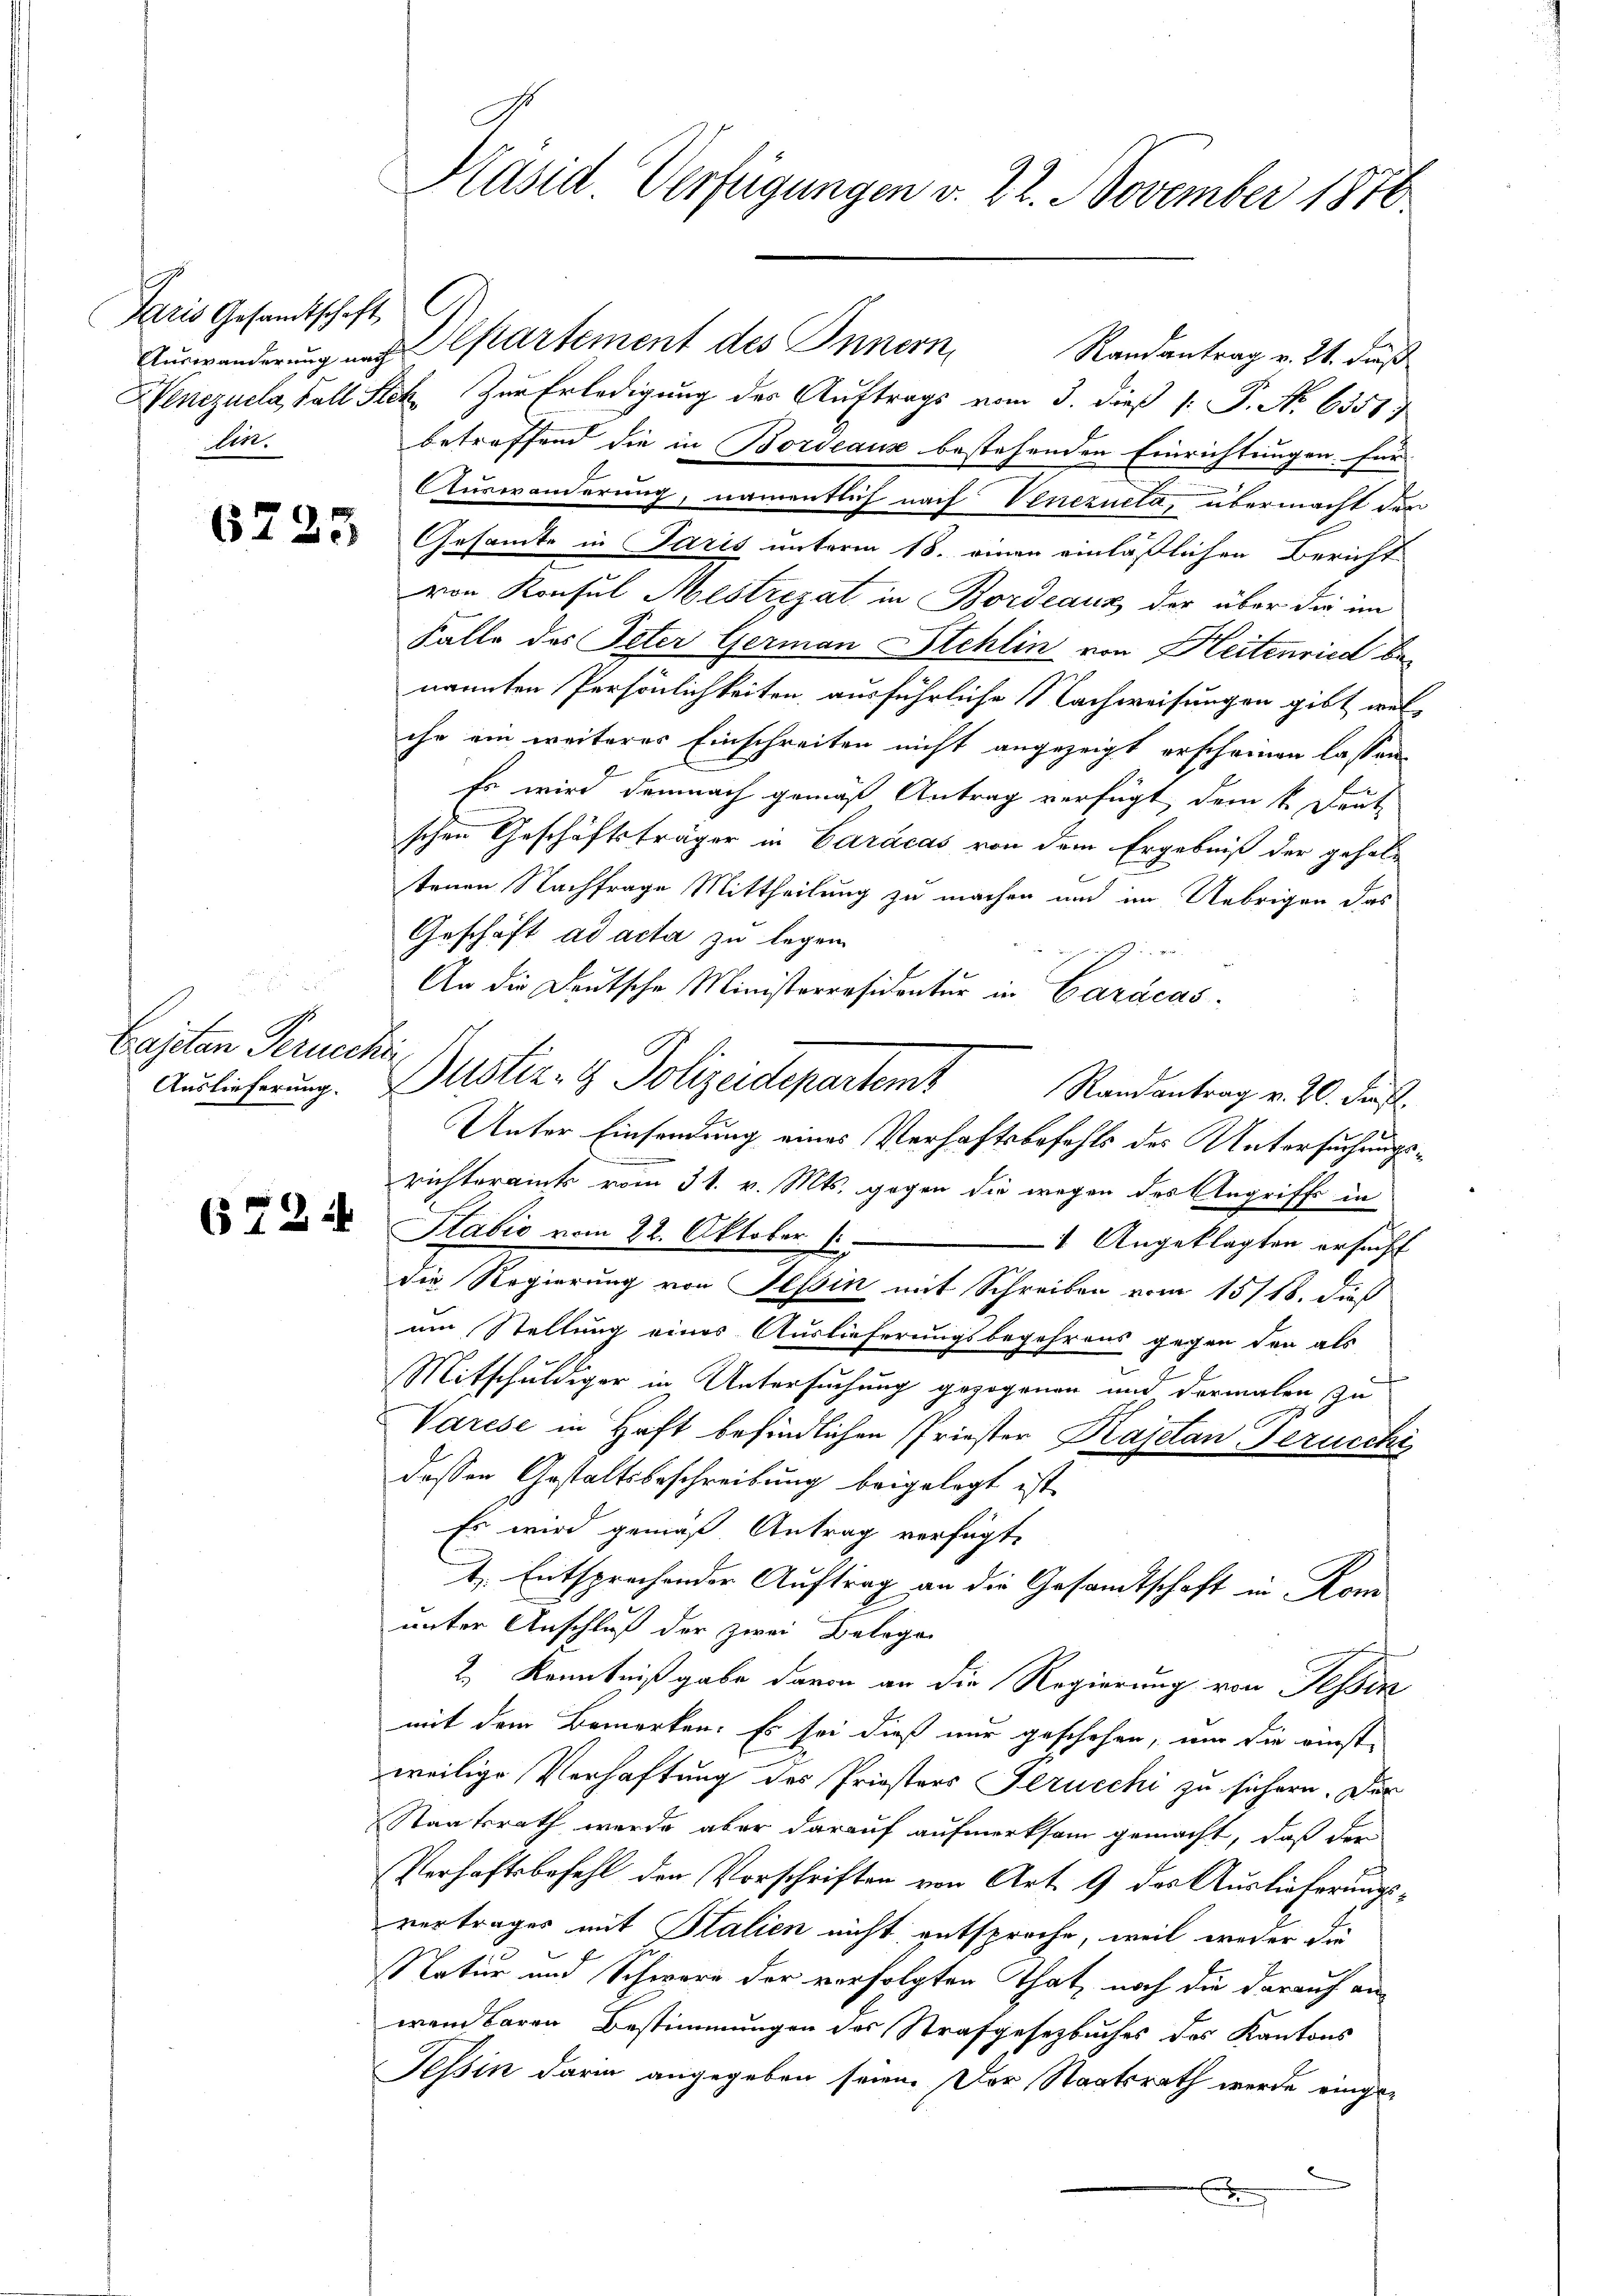
Paris Gesandtschaft
Ver.

6725

.
Cajetan Gerucer
Auslieferung.

6724

Präsid. Verfügungen v. 22. November 1810.

Auswanderung und Repartement des Innern,
Randantrag v. 21. daß
Venezuela, Fall Stek Zur Erledigung der Auftrags vom 3. dieß (: P. No 6351
betreffend die in Bordeaus bestehenden Einrichtungen für
Auswanderung, namentlich nach Venezuela, übermacht der
Gesamte in Paris unterm 18. einen einläßlichen Bericht
von Konsul Mestrezat in Bordeaux der über die im
Falle des Peter German Stehlin von Heitenried benannten Persönlichkeiten, ausführliche Nachweisungen gibt welche ein weiteres Einschreiten nicht angezeigt erscheinen lassen,
Es wird demnach gemäß Antrag verfügt dem k. Deut
schen Geschäftsträger in Caracas von dem Ergebniß der geholtenen Nachfrage Mittheilung zu machen und im Uebrigen das
Geschäft ad acta zu legen
sh. ver
An die Deutsche Ministerräsidentur in Caracas¬
.
Bustiz- & Polizeidepartem
Randantrag v. 20. Fräfl.
Unter Einsendung eines Verhaftsbefehls des Untersuchungsrichteramts vom 31. v. Mts. gegen die wegen des Angriffs in
Plabio vom 22. Oktober 1
1 Angeklagten ersucht
die Regierung von Tessin mit Schreiben vom 15/18. dieß
um Stellung eines Auslieferungsbegehrens gegen den als
Mitschuldiger in Untersuchung gezogenen und dermalen zu
Varese in Haft befindlichen Priester Kajetan Jeruecki
dessen Gestaltsbeschreibung beigelegt ist
Es wird gemäß Antrag verfügt,
J. Entsprechender Auftrag an die Gesamtschaft in Kom
unter Anschluß der zwei Belege
2.) Kenntnißgabe davon an die Regierung von Tessin
mit dem Bemerken. Es sei dieß nur geschehen, nur die einstweilige Verhaftung des Priesters Perucchi zu sichern. Der
Staatsrath werde aber darauf aufmerksam gemacht, daß der
Verhaftsbefehl den Vorschriften von Art. 9 des Auslieferungsvertrages mit Stalien nicht entsproche, weil weder die
Natur und Schwere der verfolgten That, noch die darauf an-
wand baren Bestimmungen des Strafgesetzbuches des Kantons
Tessin darin angegeben seien. Der Staatsrath werde einged